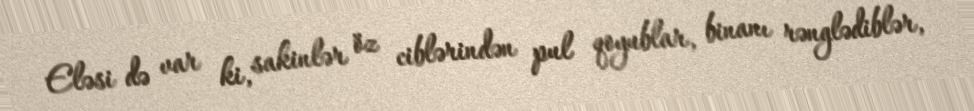
Eləsi də var ki, sakinlər öz ciblərindən pul qoyublar, binanı rənglədiblər,